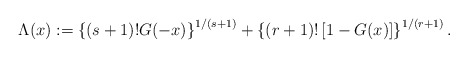
\begin{align*} \Lambda(x):= \left\{ (s+1)!G(-x)\right\}^{1/(s+1)}+ \left\{(r+1)!\left[ 1-G(x)\right] \right\}^{1/(r+1)} .\end{align*}